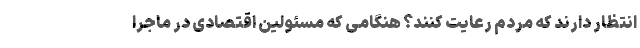
انتظار دارند که مردم رعایت کنند؟ هنگامی که مسئولین اقتصادی در ماجرا